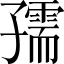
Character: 孺